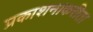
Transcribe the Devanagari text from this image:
प्रकाशनाकरीता